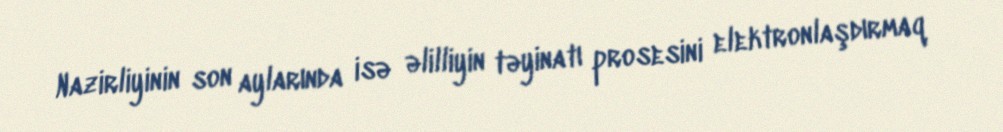
Nazirliyinin son aylarında isə əlilliyin təyinatı prosesini elektronlaşdırmaq